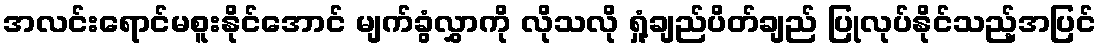
အလင်းရောင်မစူးနိုင်အောင် မျက်ခွံလွှာကို လိုသလို ရှုံ့ချည်ပိတ်ချည် ပြုလုပ်နိုင်သည့်အပြင်